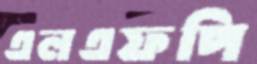
এলএফপি